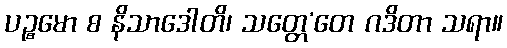
ပဉ္စမော စ နိသာဒေါတိ၊ သတ္တေ’တေ ဂဒိတာ သရာ။